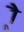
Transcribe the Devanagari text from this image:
र्‍ाै